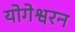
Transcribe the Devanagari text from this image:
योगेश्वरन